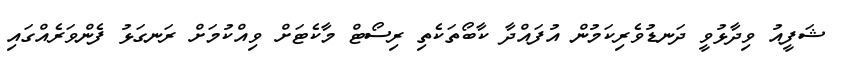
ޝަފީއު ވިދާޅުވީ ދަނޑުވެރިކަމުން އުފައްދާ ކާބޯތަކެތި ރިސޯޓް މާކެޓަށް ވިއްކުމަށް ރަނގަޅު ފެންވަރެއްގައި